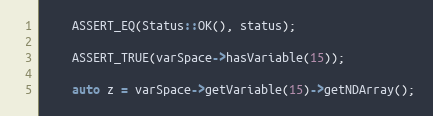
Language: C++
    ASSERT_EQ(Status::OK(), status);

    ASSERT_TRUE(varSpace->hasVariable(15));

    auto z = varSpace->getVariable(15)->getNDArray();